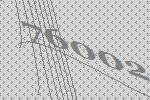
76002